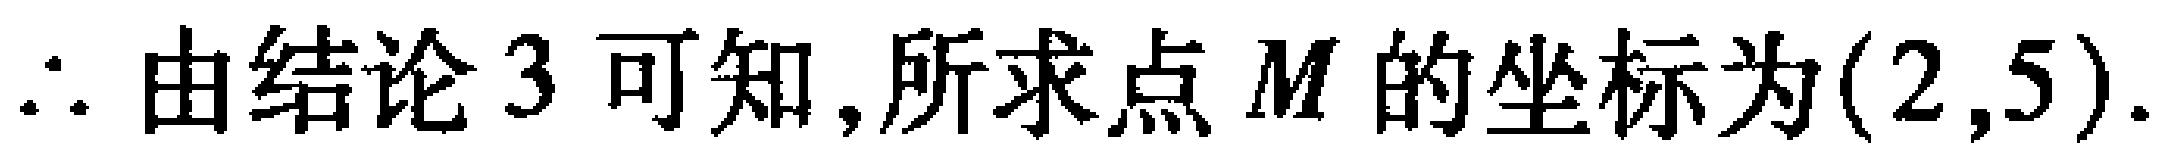
\(\therefore\) 由结论 \(3\) 可知,所求点 \(M\) 的坐标为\((2,5)\).